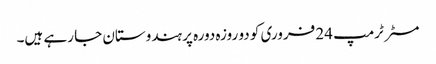
مسٹر ٹرمپ 24 فروری کو دو روزہ دورہ پر ہندوستان جا رہے ہیں۔